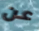
عن